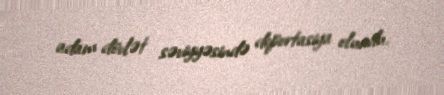
adam dövlət səviyyəsində deportasiya olundu.